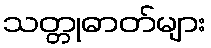
သတ္တုဓာတ်များ